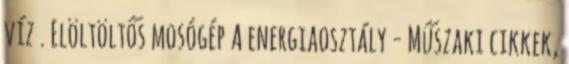
víz . Elöltöltős mosógép A energiaosztály - Műszaki cikkek,